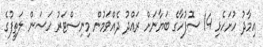
އިމާދު ހުށަހެޅި 14 ސޮފުހާގެ ބަޔާނަށް ރައްދު ދެއްވަމުން މިނިސްޓަރު ހަސަން ލަތީފުގެ